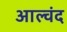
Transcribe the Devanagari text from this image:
आल्वंद